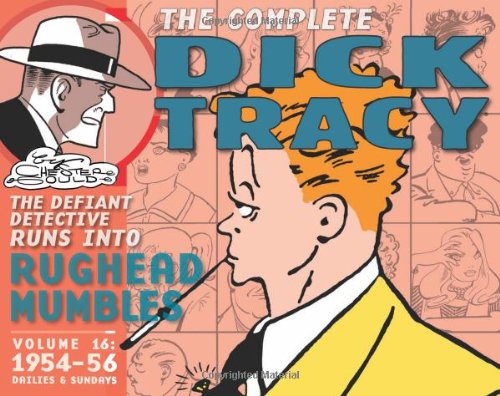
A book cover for Complete Chester Gould's Dick Tracy Volume 16; Chester Gould; Humor & Entertainment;